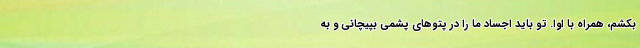
بکشم، همراه با اوا. تو باید اجساد ما را در پتوهای پشمی بپیچانی و به